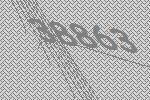
38863